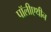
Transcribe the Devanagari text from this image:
पॉलीएथीन